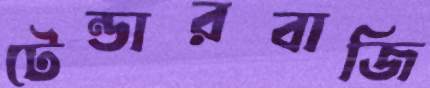
টেন্ডারবাজি